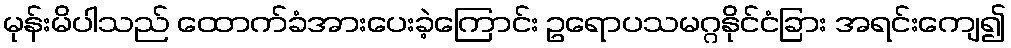
မုန်းမိပါသည် ထောက်ခံအားပေးခဲ့ကြောင်း ဥရောပသမဂ္ဂနိုင်ငံခြား အရင်းကျေ၍